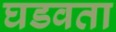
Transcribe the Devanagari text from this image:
घडवता